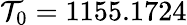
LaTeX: \mathcal{T}_{0}=1155.1724